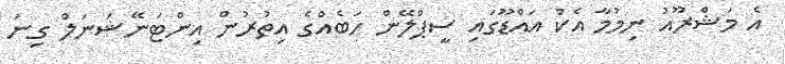
އެ މަޝްރޫއު ނިމުމާ އެކު އައްޑޫގައި ސީޕްލޭން ހަބެއްގެ އިތުރުން އިންޓަނޭޝަނަލް ގިނަ